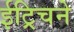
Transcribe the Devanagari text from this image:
ईट्रिचने